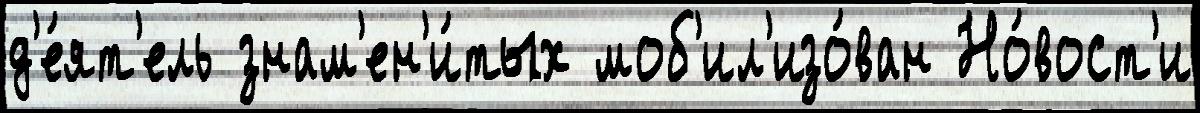
д'е́ят'ель знам'ен'и́тых моб'ил'изо́ван Но́вост'и